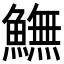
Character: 𩻚